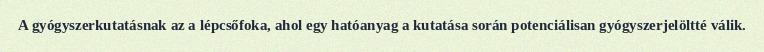
A gyógyszerkutatásnak az a lépcsőfoka, ahol egy hatóanyag a kutatása során potenciálisan gyógyszerjelöltté válik.